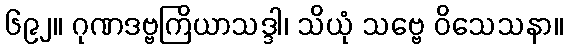
၆၉၂။ ဂုဏဒဗ္ဗကြိယာသဒ္ဒါ၊ သိယုံ သဗ္ဗေ ဝိသေသနာ။